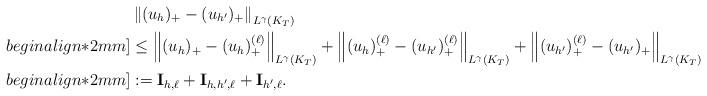
LaTeX: \begin{align*}&\left\|(u_h)_+-(u_{h'})_+\right\|_{L^\gamma(K_T)} \\begin{align*}2mm]&\leq \left\|(u_h)_+-(u_h)_+^{(\ell)}\right\|_{L^\gamma(K_T)} +\left\|(u_h)_+^{(\ell)}-(u_{h'})_+^{(\ell)}\right\|_{L^\gamma(K_T)} +\left\|(u_{h'})_+^{(\ell)}-(u_{h'})_+\right\|_{L^\gamma(K_T)} \\begin{align*}2mm]&:=\mathbf{I}_{h,\ell}+\mathbf{I}_{h,h',\ell}+\mathbf{I}_{h',\ell}.\end{align*}